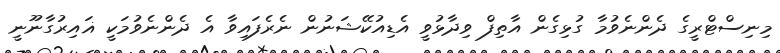
މިނިސްޓްރީގެ ދެންނެވުމާ ގުޅިގެން އާތިފް ވިދާޅުވީ އެޑިއުކޭޝަނުން ނެރެފައިވާ އެ ދެންނެވުމަކީ ޣައިރުގާނޫނީ